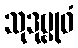
သုဒုဗ္ဗုဓံ